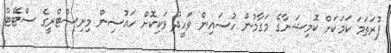
ފުރަތަމަ ކަމަކަށް ކޮމިޝަނާގެ މަގާމުން ހުސައިން ވަހީދު ވަކިކޮށް ހައުސިން މިނިސްޓްރީގެ ސްޓޭޓް